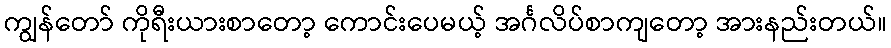
ကျွန်တော် ကိုရီးယားစာတော့ ကောင်းပေမယ့် အင်္ဂလိပ်စာကျတော့ အားနည်းတယ်။